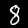
Label: 8